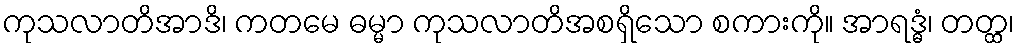
ကုသလာတိအာဒိ၊ ကတမေ ဓမ္မာ ကုသလာတိအစရှိသော စကားကို။ အာရဒ္ဓံ၊ တတ္ထ၊